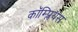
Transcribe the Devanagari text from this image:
कॉम्प्लियंस